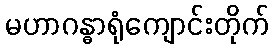
မဟာဂန္ဓာရုံကျောင်းတိုက်